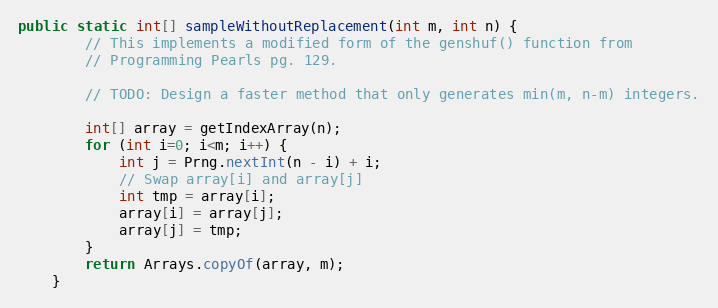
Language: Java
public static int[] sampleWithoutReplacement(int m, int n) {
        // This implements a modified form of the genshuf() function from
        // Programming Pearls pg. 129.

        // TODO: Design a faster method that only generates min(m, n-m) integers.

        int[] array = getIndexArray(n);
        for (int i=0; i<m; i++) {
            int j = Prng.nextInt(n - i) + i;
            // Swap array[i] and array[j]
            int tmp = array[i];
            array[i] = array[j];
            array[j] = tmp;
        }
        return Arrays.copyOf(array, m);
    }